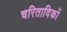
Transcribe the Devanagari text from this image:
चरितादिकों